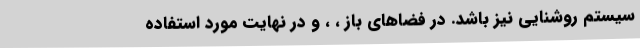
سیستم روشنایی نیز باشد. در فضاهای باز ، ، و در نهایت مورد استفاده